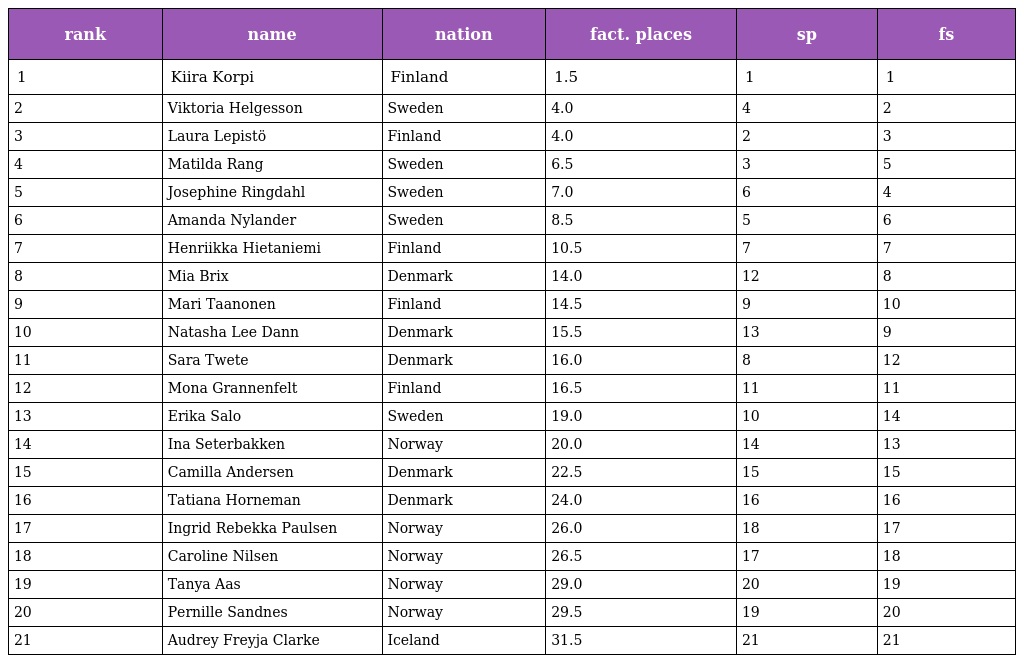
| rank | name | nation | fact. places | sp | fs |
 | --- | --- | --- | --- | --- | --- |
 | 1 | Kiira Korpi | Finland | 1.5 | 1 | 1 |
 | 2 | Viktoria Helgesson | Sweden | 4.0 | 4 | 2 |
 | 3 | Laura Lepistö | Finland | 4.0 | 2 | 3 |
 | 4 | Matilda Rang | Sweden | 6.5 | 3 | 5 |
 | 5 | Josephine Ringdahl | Sweden | 7.0 | 6 | 4 |
 | 6 | Amanda Nylander | Sweden | 8.5 | 5 | 6 |
 | 7 | Henriikka Hietaniemi | Finland | 10.5 | 7 | 7 |
 | 8 | Mia Brix | Denmark | 14.0 | 12 | 8 |
 | 9 | Mari Taanonen | Finland | 14.5 | 9 | 10 |
 | 10 | Natasha Lee Dann | Denmark | 15.5 | 13 | 9 |
 | 11 | Sara Twete | Denmark | 16.0 | 8 | 12 |
 | 12 | Mona Grannenfelt | Finland | 16.5 | 11 | 11 |
 | 13 | Erika Salo | Sweden | 19.0 | 10 | 14 |
 | 14 | Ina Seterbakken | Norway | 20.0 | 14 | 13 |
 | 15 | Camilla Andersen | Denmark | 22.5 | 15 | 15 |
 | 16 | Tatiana Horneman | Denmark | 24.0 | 16 | 16 |
 | 17 | Ingrid Rebekka Paulsen | Norway | 26.0 | 18 | 17 |
 | 18 | Caroline Nilsen | Norway | 26.5 | 17 | 18 |
 | 19 | Tanya Aas | Norway | 29.0 | 20 | 19 |
 | 20 | Pernille Sandnes | Norway | 29.5 | 19 | 20 |
 | 21 | Audrey Freyja Clarke | Iceland | 31.5 | 21 | 21 |